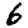
Digit: 6